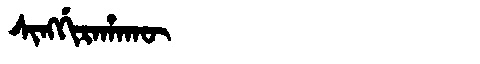
Manchu: ᠰᡳᠩᡤᡳᡵᠠᡥᠠᡴᡡ
Romanization: SINGGIRAHAKŪ